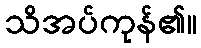
သိအပ်ကုန်၏။